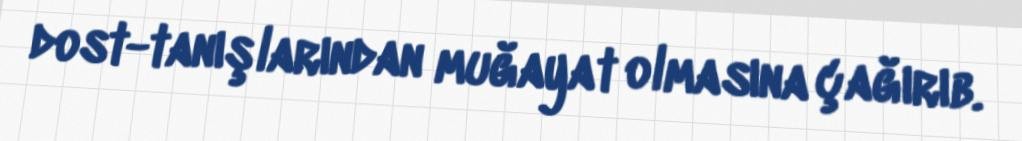
dost-tanışlarından muğayat olmasına çağırıb.